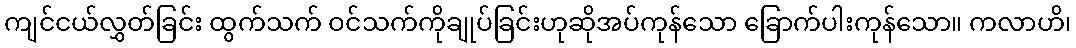
ကျင်ငယ်လွှတ်ခြင်း ထွက်သက် ဝင်သက်ကိုချုပ်ခြင်းဟုဆိုအပ်ကုန်သော ခြောက်ပါးကုန်သော။ ကလာဟိ၊